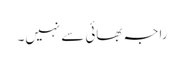
راجہ بھائی سے نہیں۔